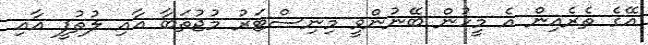
އޭގެ ތެރެއިން އެ މީހުން ބޭނުންވީ މިނިސްޓަރު މުޖުތަބާ އާއި ލުތުފީ އާއި